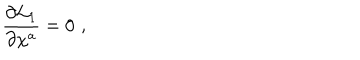
LaTeX: { \frac { \partial { \cal L } _ { 1 } } { \partial \chi ^ { a } } } = 0 \, \, ,